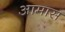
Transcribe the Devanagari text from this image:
आमास